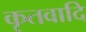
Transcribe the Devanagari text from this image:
कृतवादि